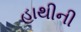
હાથીની